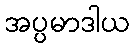
အပ္ပမာဒါယ